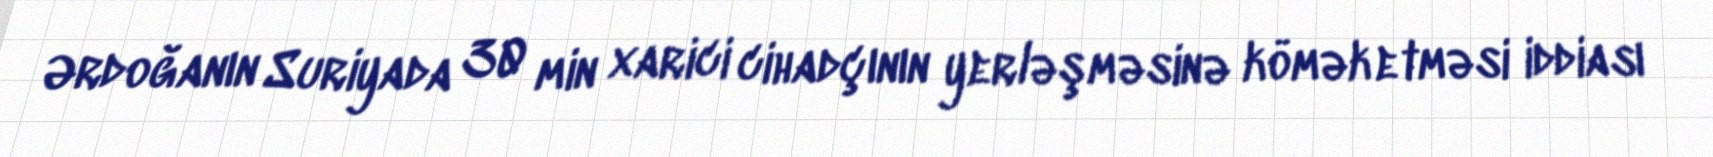
Ərdoğanın Suriyada 30 min xarici cihadçının yerləşməsinə kömək etməsi iddiası